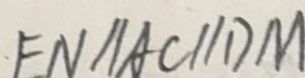
E N / / A C / / D M